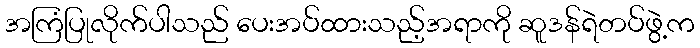
အကြံပြုလိုက်ပါသည် ပေးအပ်ထားသည့်အရာကို ဆူဒန်ရဲတပ်ဖွဲ့က